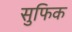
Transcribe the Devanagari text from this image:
सुफिक